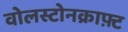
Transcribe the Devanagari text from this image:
वोलस्टोनक्राफ़्ट